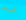
اصعد